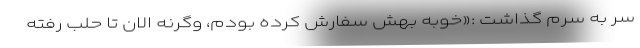
سر به سرم گذاشت :«خوبه بهش سفارش کرده بودم، وگرنه الان تا حلب رفته